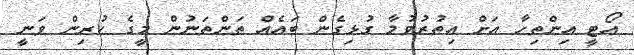
އޯޓީ އިންތިހާ އަށް އިތުރުވުމާ ގުޅިގެން ބައެއް ތަންތަނުން މީގެ ކުރިން ވަނީ